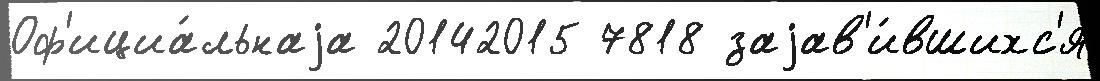
Оф'ициа́льнаjа 20142015 7818 заjав'и́вшихс'я